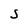
Character: S